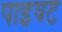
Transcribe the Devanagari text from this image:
पाइवट